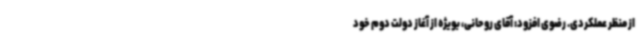
از منظر عملکردی. رضوی افزود: آقای روحانی، بویژه از آغاز دولت دوم خود